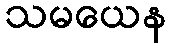
သမယေန